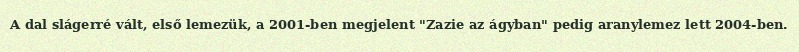
A dal slágerré vált, első lemezük, a 2001-ben megjelent "Zazie az ágyban" pedig aranylemez lett 2004-ben.